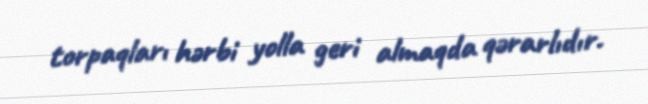
torpaqları hərbi yolla geri almaqda qərarlıdır.